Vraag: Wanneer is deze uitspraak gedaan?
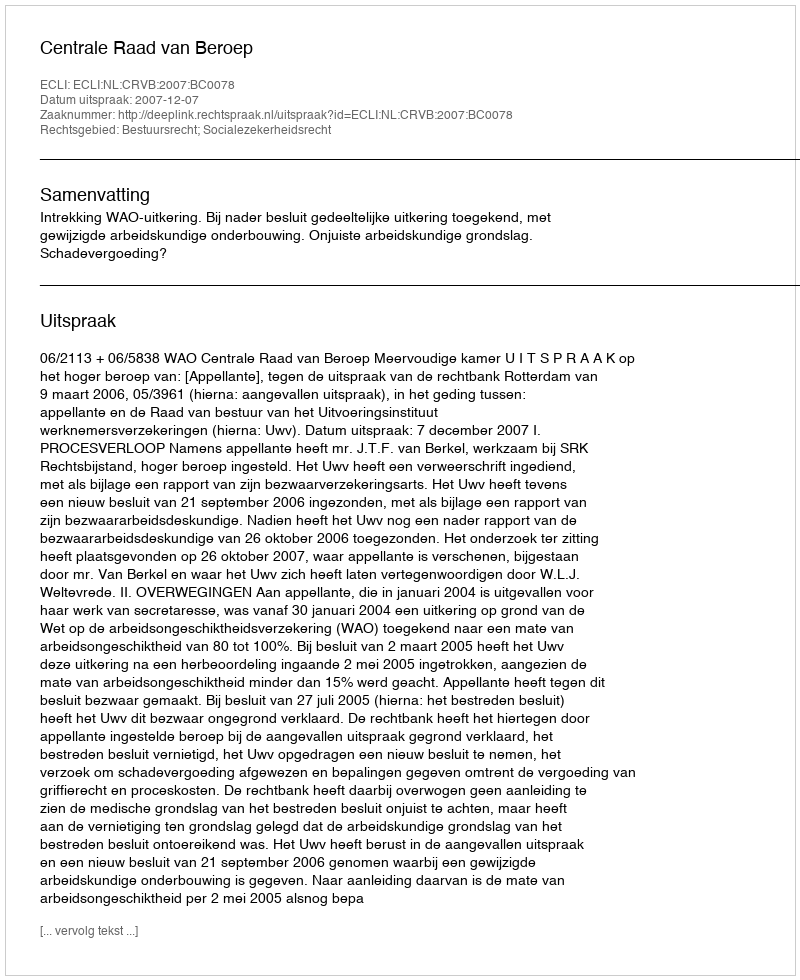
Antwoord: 2007-12-07